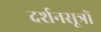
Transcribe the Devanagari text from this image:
दर्शनसूत्रों